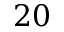
2 0